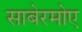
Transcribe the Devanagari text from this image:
साबेरमोए